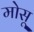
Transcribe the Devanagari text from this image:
मोसू